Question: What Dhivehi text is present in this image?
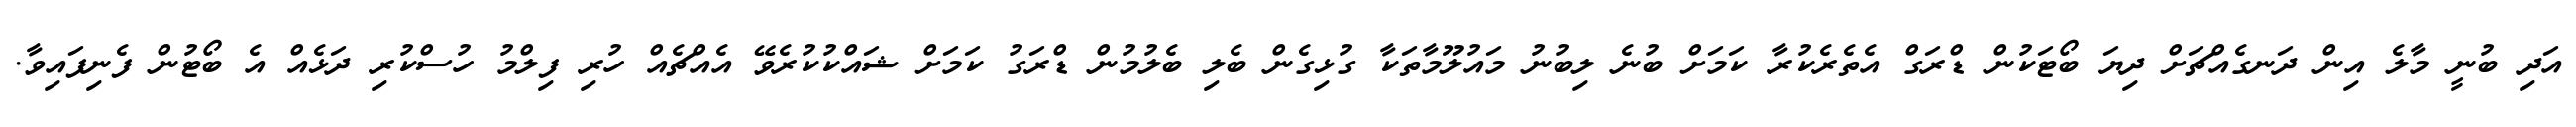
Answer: އަދި ބުނީ މާލެ އިން ދަނގެއްޗަށް ދިޔަ ބޯޓަކުން ޑްރަގް އެތެރެކުރާ ކަމަށް ބުނެ ލިބުނު މައުލޫމާތަކާ ގުޅިގެން ބެލި ބެލުމުން ޑްރަގު ކަމަށް ޝައްކުކުރެވޭ އެއްޗެއް ހުރި ފިލްމު ހުސްކުރި ދަޅެއް އެ ބޯޓުން ފެނިފައިވާ.